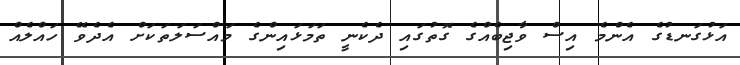
އަޅުގަނޑުގެ އެންމެ އިސް ވާޖިބެއްގެ ގޮތުގައި ދެކެނީ ތަމަޅައިންގެ މައްސަލަތަކަށް އެދެވޭ ހައްލެއް